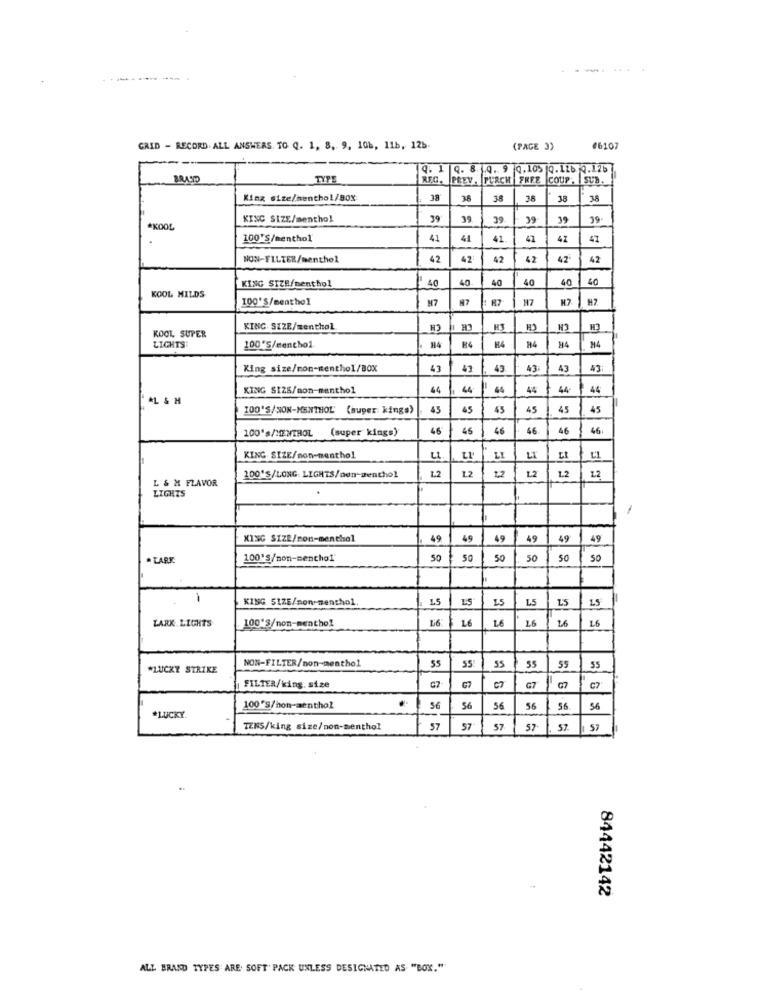
GRID - RECORD. ALL ANSWERS. TO Q. 1, 8, 9, 106, 11b, 12b.
(PAGE 3)
#6107
Q. 1 |Q. 8 .4. 9 0, 105 |Q. 11b Q.12b
TYPE
REG. PREV. PURCH FREE COUP. SUB.
King size/menthol/BOX
38
38
38
38
38
38
KING SIZE/menthol
39
39
39
39
39
39
*KOOL
100'S/menthol
41
41
41
41
41
47
NON-FILTER/menthol
42
42
42
42
42
42
KING SIZE/menthol
I' 40
40
40
40
40
40
KOOL MILDS
100'S/menthol
M7
17
K7
H7
KING SIZE/menthol
H3
H3
KOOL SUPER
LIGHTS
100 'S/mencho1.
H4
M4
King size/non-menthol/BOX
43
43
43
43
43
KING SIZE/non-menthol
44
44
64
44
44
*L & M
100'S/SON-MENTHOL (super kings)
45
45
45
45
4
45
100's/MENTHOL (super kings)
46
45
46
46
46
46
KING SIZE/non-menthol
LI
LI
LI
1.2
12
12
12
1.2
L & M FLAVOR
200'S/LONG. LIGHTS/aen-menthol
1.2
LIGHTS
KING SIZE/non-menthol
49
49
49
49
49
49
· LARK
100'S/non-mencho1
50
50
50
50
50
50
KING SIZE/non-menthol
LS
LS
5.5
LS
L'5
15
LARK LIGHTS
Li6
LE
LE
100'S/non-menthol
NON-FILTER/non-menthol
*LUCKY STRIKE
35
55
FILIER/king. size
G7
C2
100'S/hon-menthol
56
56
56
56
56
*LUCKY.
TENS/king size/non-menthol
57
57
57
57
57
84442142
ALL BRAND TYPES ARE SOFT' PACK UNLESS DESIGNATED AS "BOX.""